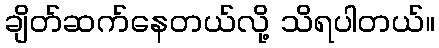
ချိတ်ဆက်နေတယ်လို့ သိရပါတယ်။